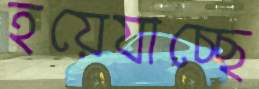
হয়েযাচ্ছে